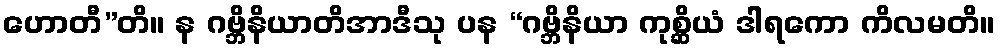
ဟောတီ”တိ။ န ဂဗ္ဘိနိယာတိအာဒီသု ပန “ဂဗ္ဘိနိယာ ကုစ္ဆိယံ ဒါရကော ကိလမတိ။